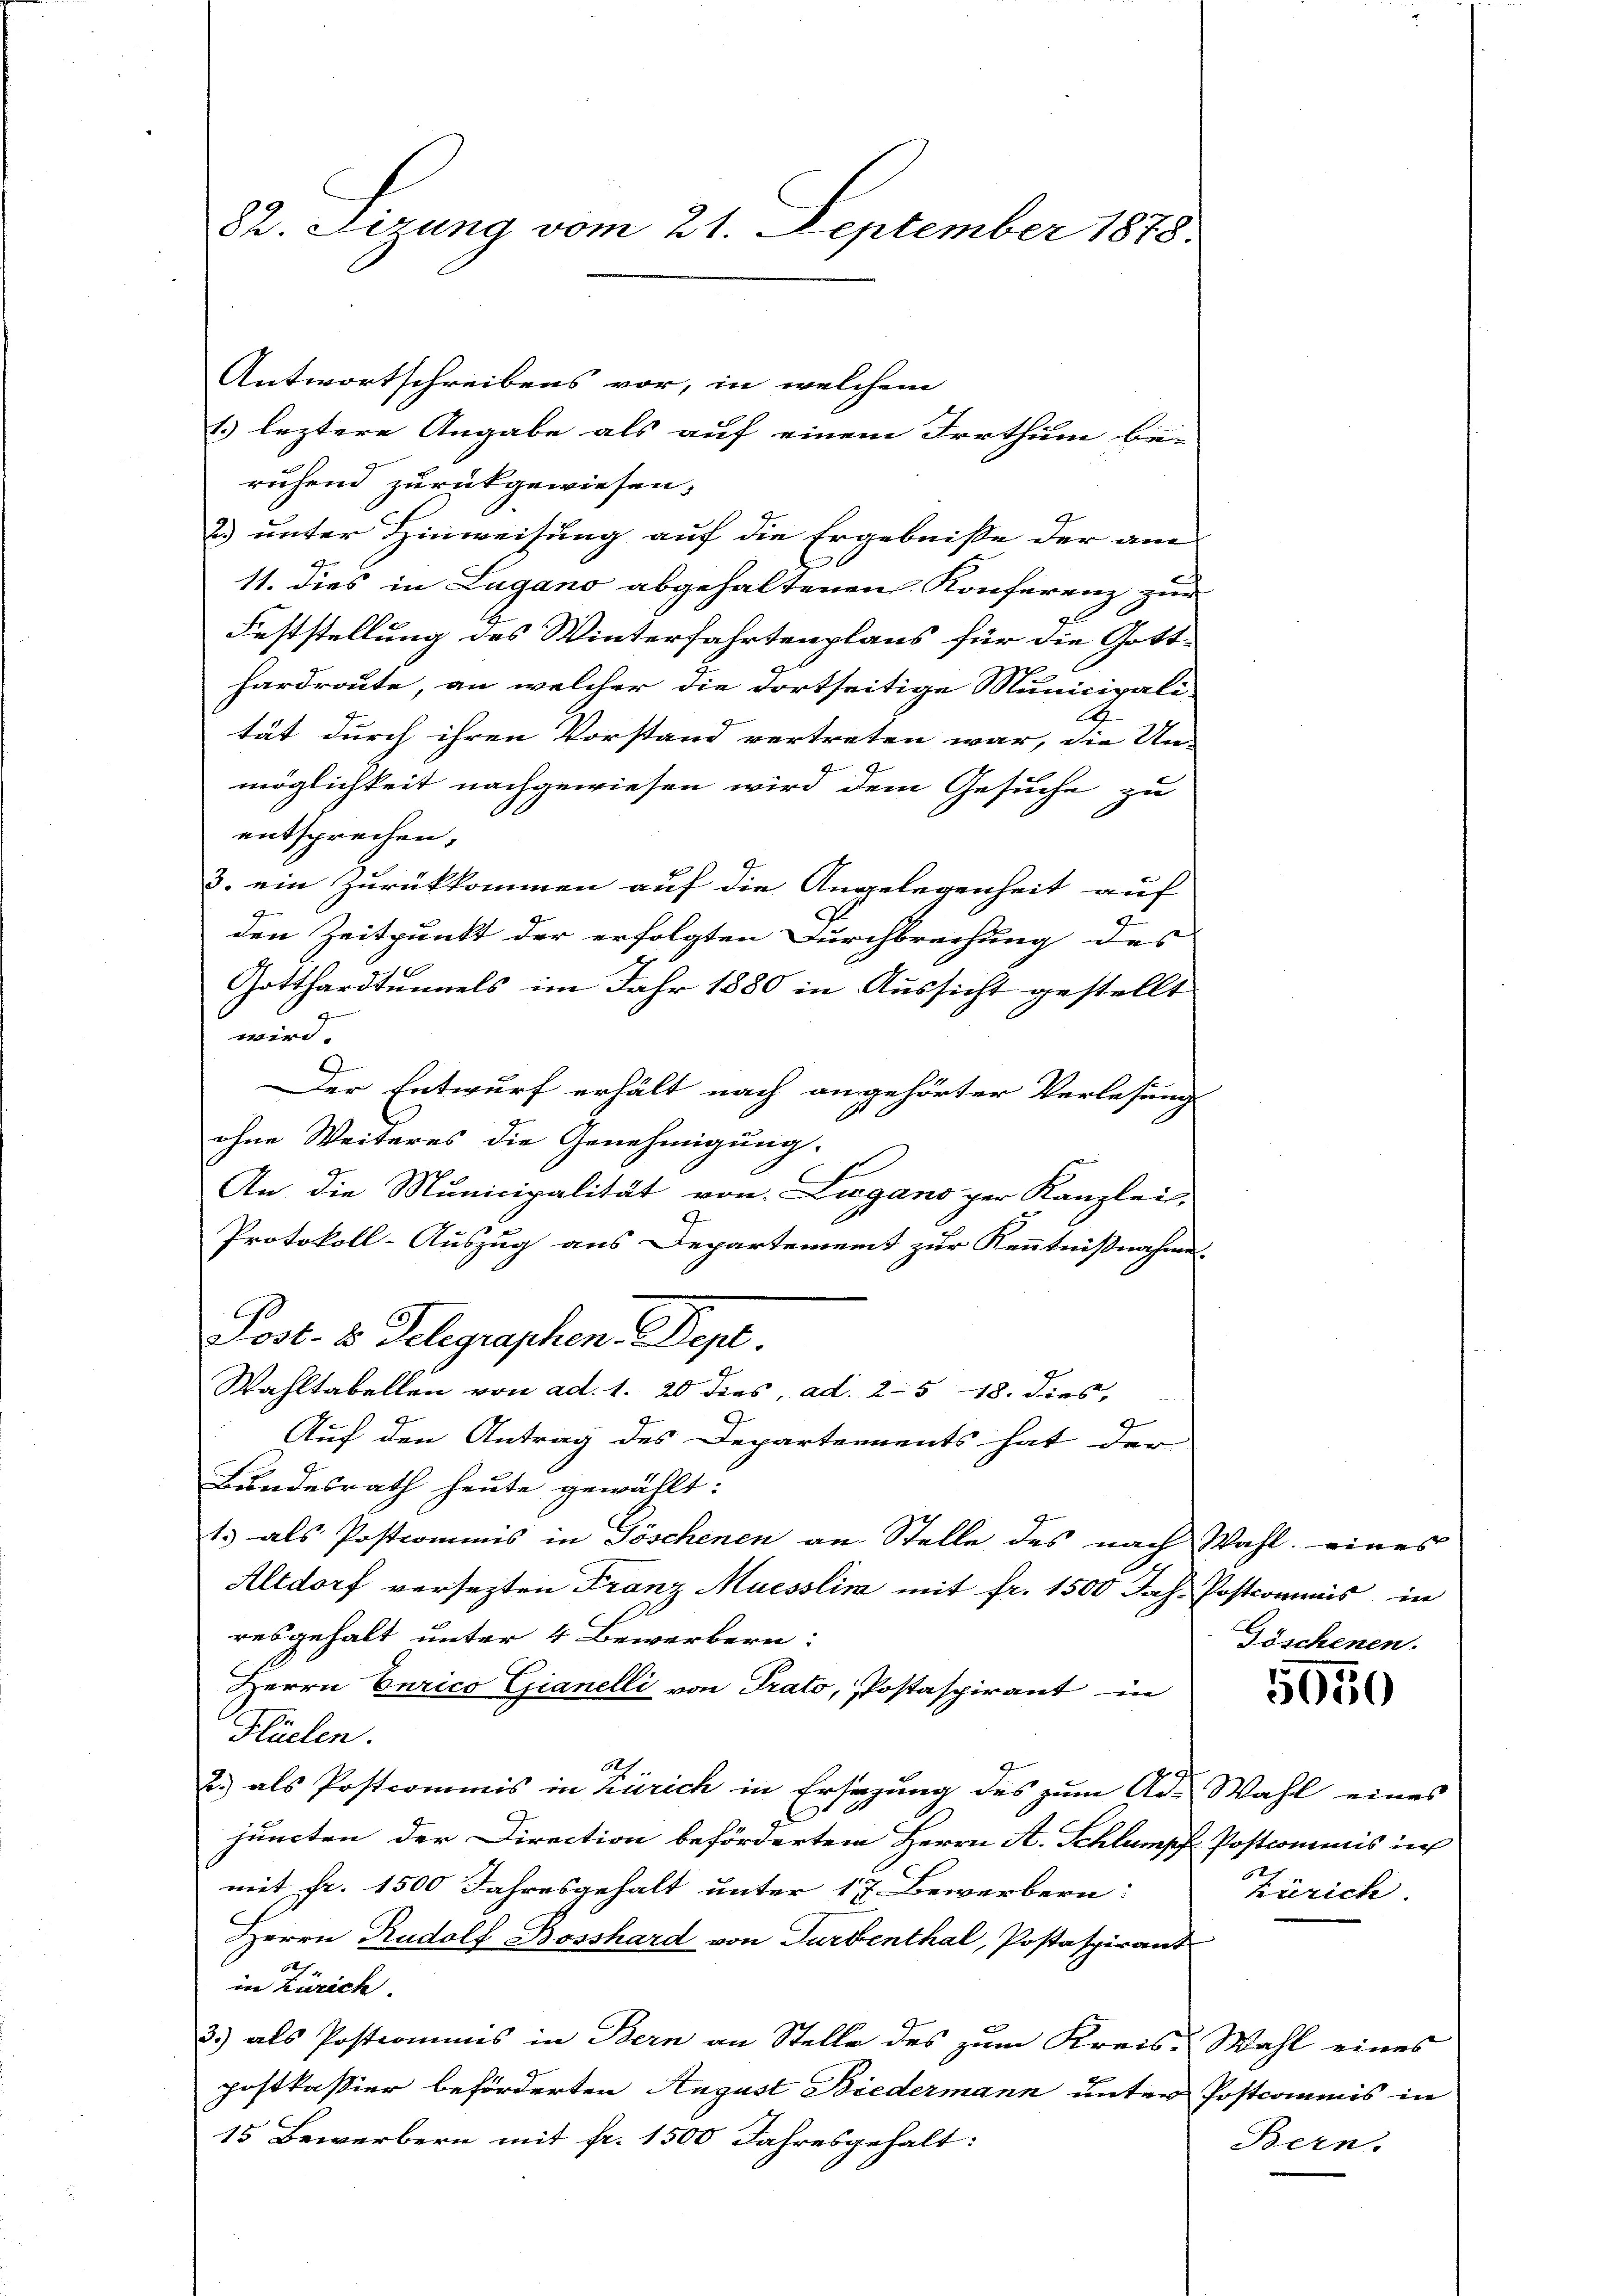
82. Sizung vom 21. September 1878.

Antwortschreibens vor, in welchem
1.) leztere Angabe als auf einem Irrthum be-
ruhend zurückgewiesen.
23) unter Hinweisung auf die Ergebniße der an
11. dies in Lugano abgehaltenen Konferenz zur
Feststellung des Winterfahrtenplans für die Gotthardroute, an welcher die dortseitige Municipali-
tät durch ihren Vorstand vertreten war, die Un-
möglichkeit nachgewiesen wird dem Gesuche zu
entsprechen.
3. ein Zurükkommen auf die Angelegenheit auf
9
den Zeitpunkt der erfolgten Durchbrechung des
Gotthardtunnels im Jahr 1880 in Aussicht gestellt
wird.
9
Der Entwurf erhält nach angehörter Verlesung
ohne Weiteres die Genehmigung.
An die Municipalität von Lugano per Kanzlei,
9
Protokoll-Auszug aus Departement zur Kenntnisnahme |
Post. 2. Telegraphen. Sept.
Wahltabellen von ad. 1. 20 dies, ad. 25 18. dies,
Auf den Antrag des Departements hat der
Bundesrath heute gewählt:
1.) als Postcommis in Göschenen an Stelle des nach Wahl eines
Altdorf versezten Franz Muesslin mit fr. 1500 Jah. Postcommis in
resgehalt unter 4 Bewerbern:
Herrn Curico Gianelli von Trato, Postaspirant in
Flüelen.
Sch.
2.) als Postcommis in Zürich in Ersezung des zum Ad. Wahl eines
2
.
juncten der Direction beförderten Herrn A. Schlumpf Postcommis ic
a
mit fr. 1500 Jahresgehalt unter 17 Bewerbern:
Herrn Rudolf Bosshard von Turbenthal, Postaspirant
A
in Zürich
3.) als Postcommis in Bern an Stelle des zum Kreis-Wahl eines
postkassier beförderten August Biedermann unter Postcommis in
15 Bewerbern mit fr. 1500 Jahresgehalt:

Göschenen.

5650

Zürich.

Bern.